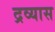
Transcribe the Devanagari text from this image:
द्रव्यास